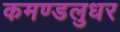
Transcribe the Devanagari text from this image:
कमण्डलुधर